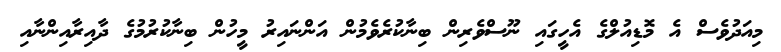
މިއަދުވެސް އެ މޮޑިއުލްގެ އެހީގައި ނޫސްވެރިން ބިނާކުރެވެމުން އަންނައިރު މީހުން ބިނާކުރުމުގެ ދާއިރާއިންނާއި